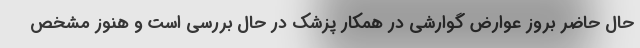
حال حاضر بروز عوارض گوارشی در همکار پزشک در حال بررسی است و هنوز مشخص